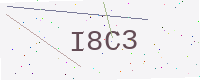
Text: I8C3